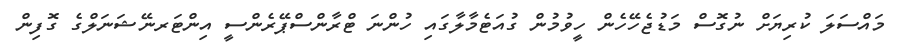
މައްސަލަ ކުރިޔަށް ނުގޮސް މަޑުޖެހޭހެން ހީވުމުން ގުއަޓެމާލާގައި ހުންނަ ޓްރާންސްޕޭރެންސީ އިންޓަރނޭޝަނަލްގެ ގޮފިން